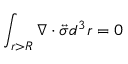
\int _ { r > R } \nabla \cdot \overleftrightarrow { \boldsymbol { \sigma } } d ^ { 3 } r = 0